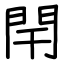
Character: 閈